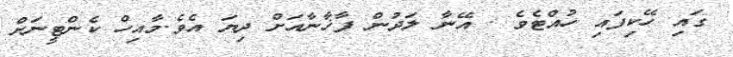
ގައި ހޭކިފައި ހުއްޓެވެ . އޭނާ ލަދުން ފާޚާނާއަށް ދިޔަ އެވެ.މާއިހް ކެންޓީނަށް